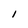
Character: I